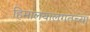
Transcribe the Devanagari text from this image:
हिमालयालगतच्या